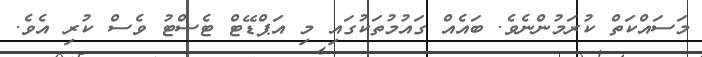
މަސައްކަތް ކުރަމުންނެވެ. ބައެއް ގައުމުތަކުގައި މި އަޕްޑޭޓް ޓެސްޓު ވެސް ކުރި އެވެ.